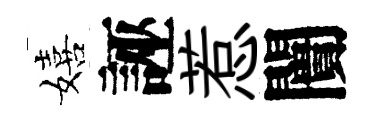
嬉誣惹闠